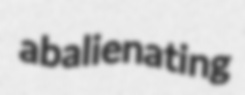
abalienating